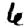
Digit: 6